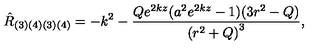
{ \hat { R } } _ { ( 3 ) ( 4 ) ( 3 ) ( 4 ) } = - k ^ { 2 } - \frac { Q e ^ { 2 k z } ( a ^ { 2 } e ^ { 2 k z } - 1 ) ( 3 r ^ { 2 } - Q ) } { { ( r ^ { 2 } + Q ) } ^ { 3 } } ,